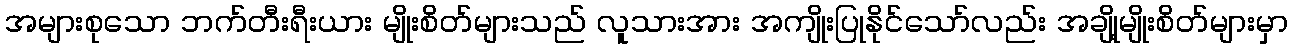
အများစုသော ဘက်တီးရီးယား မျိုးစိတ်များသည် လူသားအား အကျိုးပြုနိုင်သော်လည်း အချို့မျိုးစိတ်များမှာ